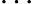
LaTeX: \ldots